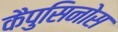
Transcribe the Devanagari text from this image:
कैपुसिनोस